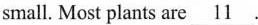
small. Most plants are \underline{11}.